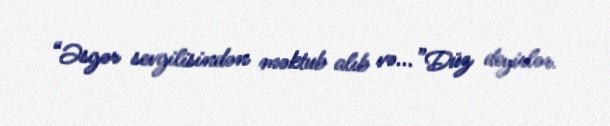
“Əsgər sevgilisindən məktub alıb və...”Düz deyirlər.